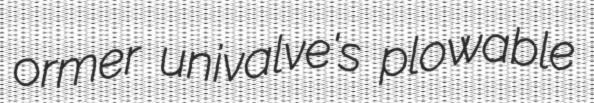
ormer univalve's plowable